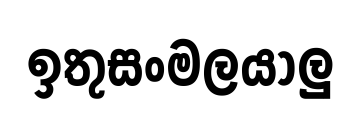
ඉතුසංමලයාලු